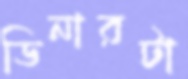
ডিনারটা